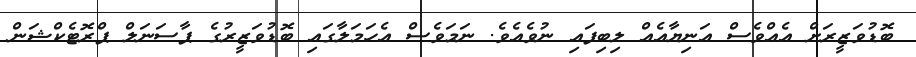
ބޮޑުވަޒީރަށް އެއްވެސް އަނިޔާއެއް ލިބިފައި ނުވެއެވެ. ނަމަވެސް އެހަމަލާގައި ބޮޑުވަޒީރުގެ ޕާސަނަލް ޕްރޮޓެކްޝަން